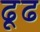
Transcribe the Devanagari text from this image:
ढूढ